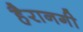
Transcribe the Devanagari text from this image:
हैरानगी